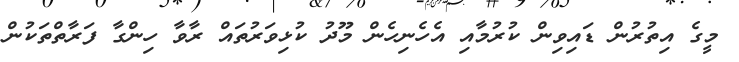
މީގެ އިތުރުން ޑައިވިން ކުރުމާއި އެހެނިހެން މޫދު ކުޅިވަރުތައް ރާވާ ހިންގާ ފަރާތްތަކުން